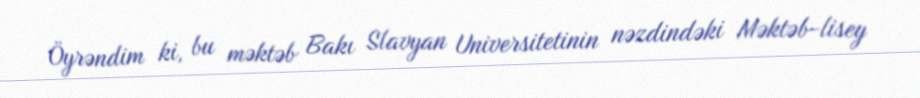
Öyrəndim ki, bu məktəb Bakı Slavyan Universitetinin nəzdindəki Məktəb-lisey